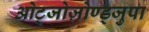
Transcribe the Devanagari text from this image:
ओट्जोज़ोण्ड्जुपा